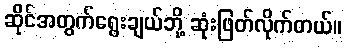
ဆိုင်အတွက်ရွေးချယ်ဘို့ ဆုံးဖြတ်လိုက်တယ်။